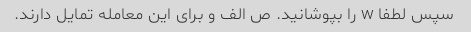
سپس لطفا w را بپوشانید. ص الف و برای این معامله تمایل دارند.